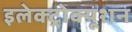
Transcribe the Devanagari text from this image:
इलेक्ट्रोक्यूशन